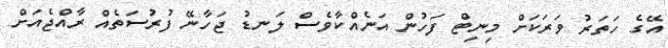
އޭގެ ހަތަރު ވަރަކަށް މިނިޓް ފަހުން އަނެއްކާވެސް ލަނޑު ޖަހާނޭ ފުރުސަތެއް ރާއްޖެއަށް